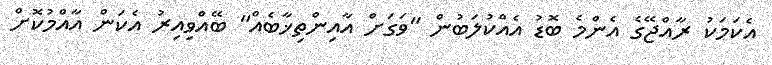
އެކަމަކު ރާއްޖޭގެ އެންމެ ބޮޑު އެއްކުލަބުން "ވަގަށް އާއިންތިޚާބެއް" ބޭއްވިއިރު އެކަން އާއްމުކޮށް